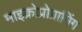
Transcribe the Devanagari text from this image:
माइक्रोप्रोग्रामिंग